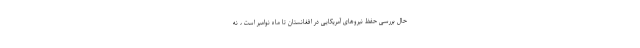
حال بررسی حفظ نیروهای آمریکایی در افغانستان تا ماه نوامبر است ، نه